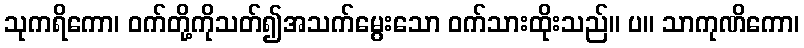
သုကရိကော၊ ဝက်တို့ကိုသတ်၍အသက်မွေးသော ဝက်သားထိုးသည်။ ပ။ သာကုဏိကော၊